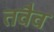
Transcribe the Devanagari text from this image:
तवैव